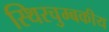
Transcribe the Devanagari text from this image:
स्थिरचुम्बकीय